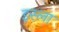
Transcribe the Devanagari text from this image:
इस्‍ला